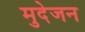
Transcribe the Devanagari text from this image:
मुदेजन